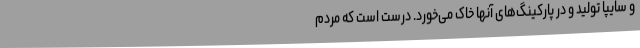
و سایپا تولید و در پارکینگ‌های آنها خاک می‌خورد. درست است که مردم